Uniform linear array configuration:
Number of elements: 8
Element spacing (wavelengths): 0.25
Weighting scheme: uniform
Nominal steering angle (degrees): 15
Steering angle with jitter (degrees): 16.005
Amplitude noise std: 0.05
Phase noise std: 0.05

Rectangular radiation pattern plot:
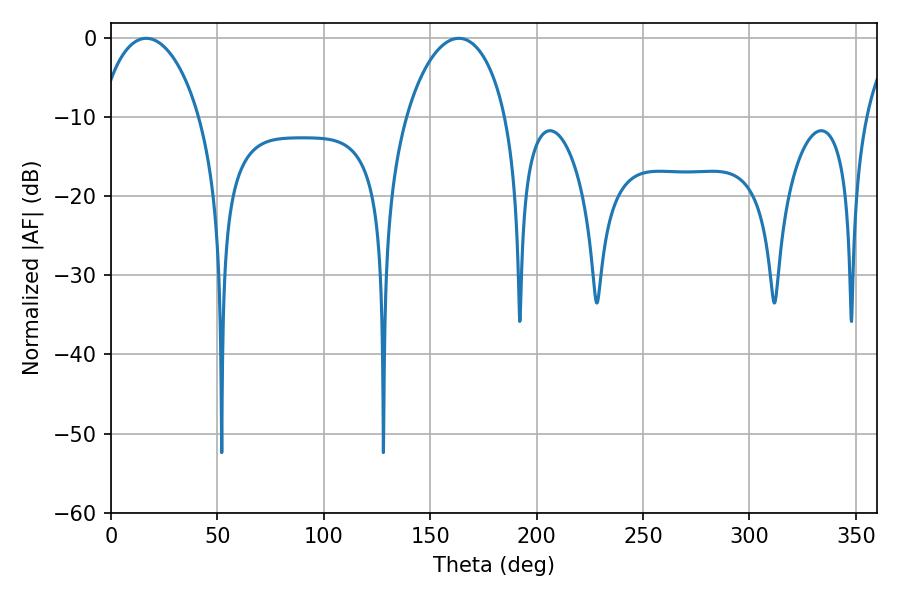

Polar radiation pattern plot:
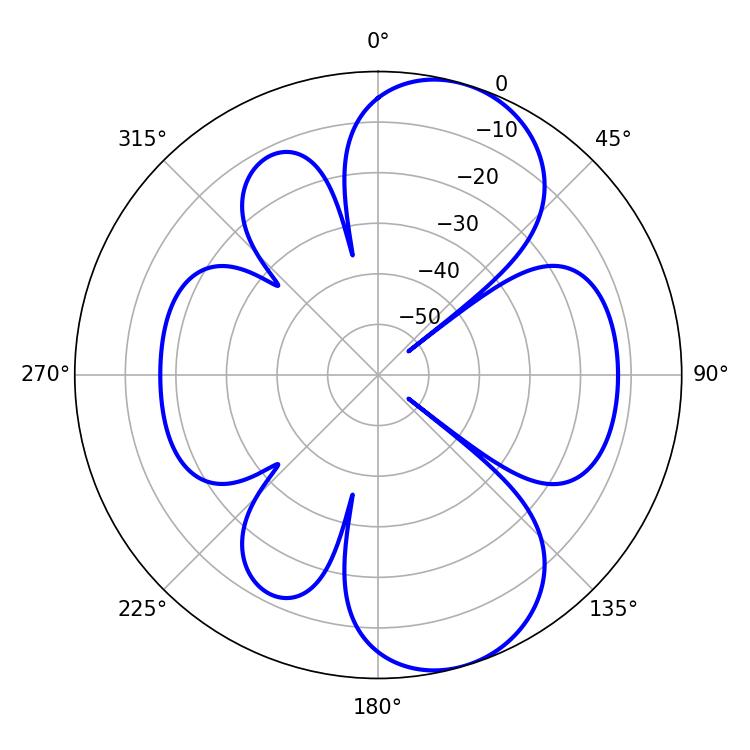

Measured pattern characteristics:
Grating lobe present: FALSE
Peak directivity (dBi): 8.31
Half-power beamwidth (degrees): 27
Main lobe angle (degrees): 16.56